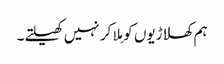
ہم کھلاڑیوں کو مِلا کر نہیں کھیلتے۔